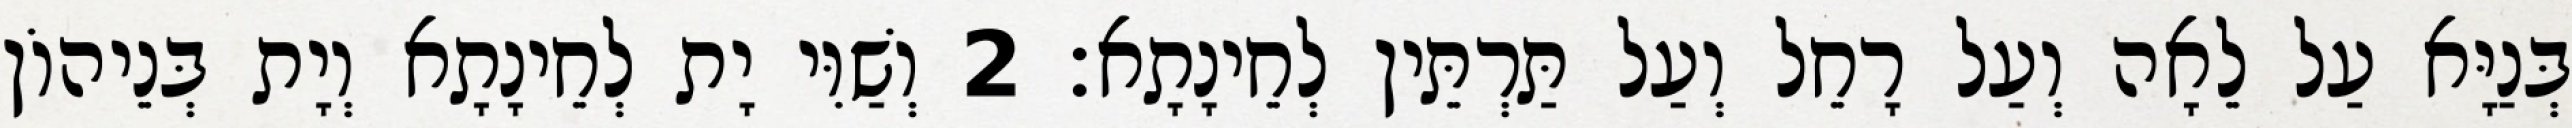
בְּנַיָּא עַל לֵאָה וְעַל רָחֵל וְעַל תַּרְתֵּין לְחֵינָתָא׃ 2 וְשַׁוִּי יָת לְחֵינָתָא וְיָת בְּנֵיהוֹן